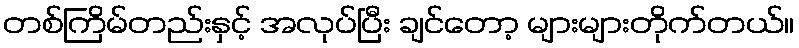
တစ်ကြိမ်တည်းနှင့် အလုပ်ပြီး ချင်တော့ များများတိုက်တယ်။